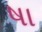
ષા